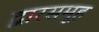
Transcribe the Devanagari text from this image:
द्वारसमूह